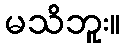
မသိဘူး။